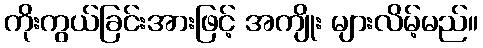
ကိုးကွယ်ခြင်းအားဖြင့် အကျိုး များလိမ့်မည်။